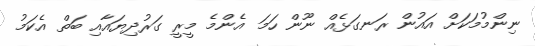
ނިންމުމަކަށް އައުން ރަނގަޅެއް ނޫން ހަމަ އެންމެ މީރީ ގަރުދިޔައާއި ބަތް އެކަމު